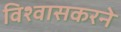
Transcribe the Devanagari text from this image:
विश्वासकरने